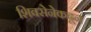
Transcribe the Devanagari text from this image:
शिवसेनेकढून